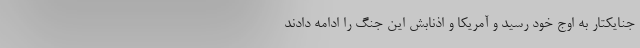
جنایکتار به اوج خود رسید و آمریکا و اذنابش این جنگ را ادامه دادند